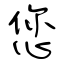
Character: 您